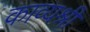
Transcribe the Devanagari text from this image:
काव्यश्री